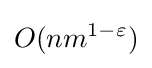
O(nm^{1-\varepsilon })